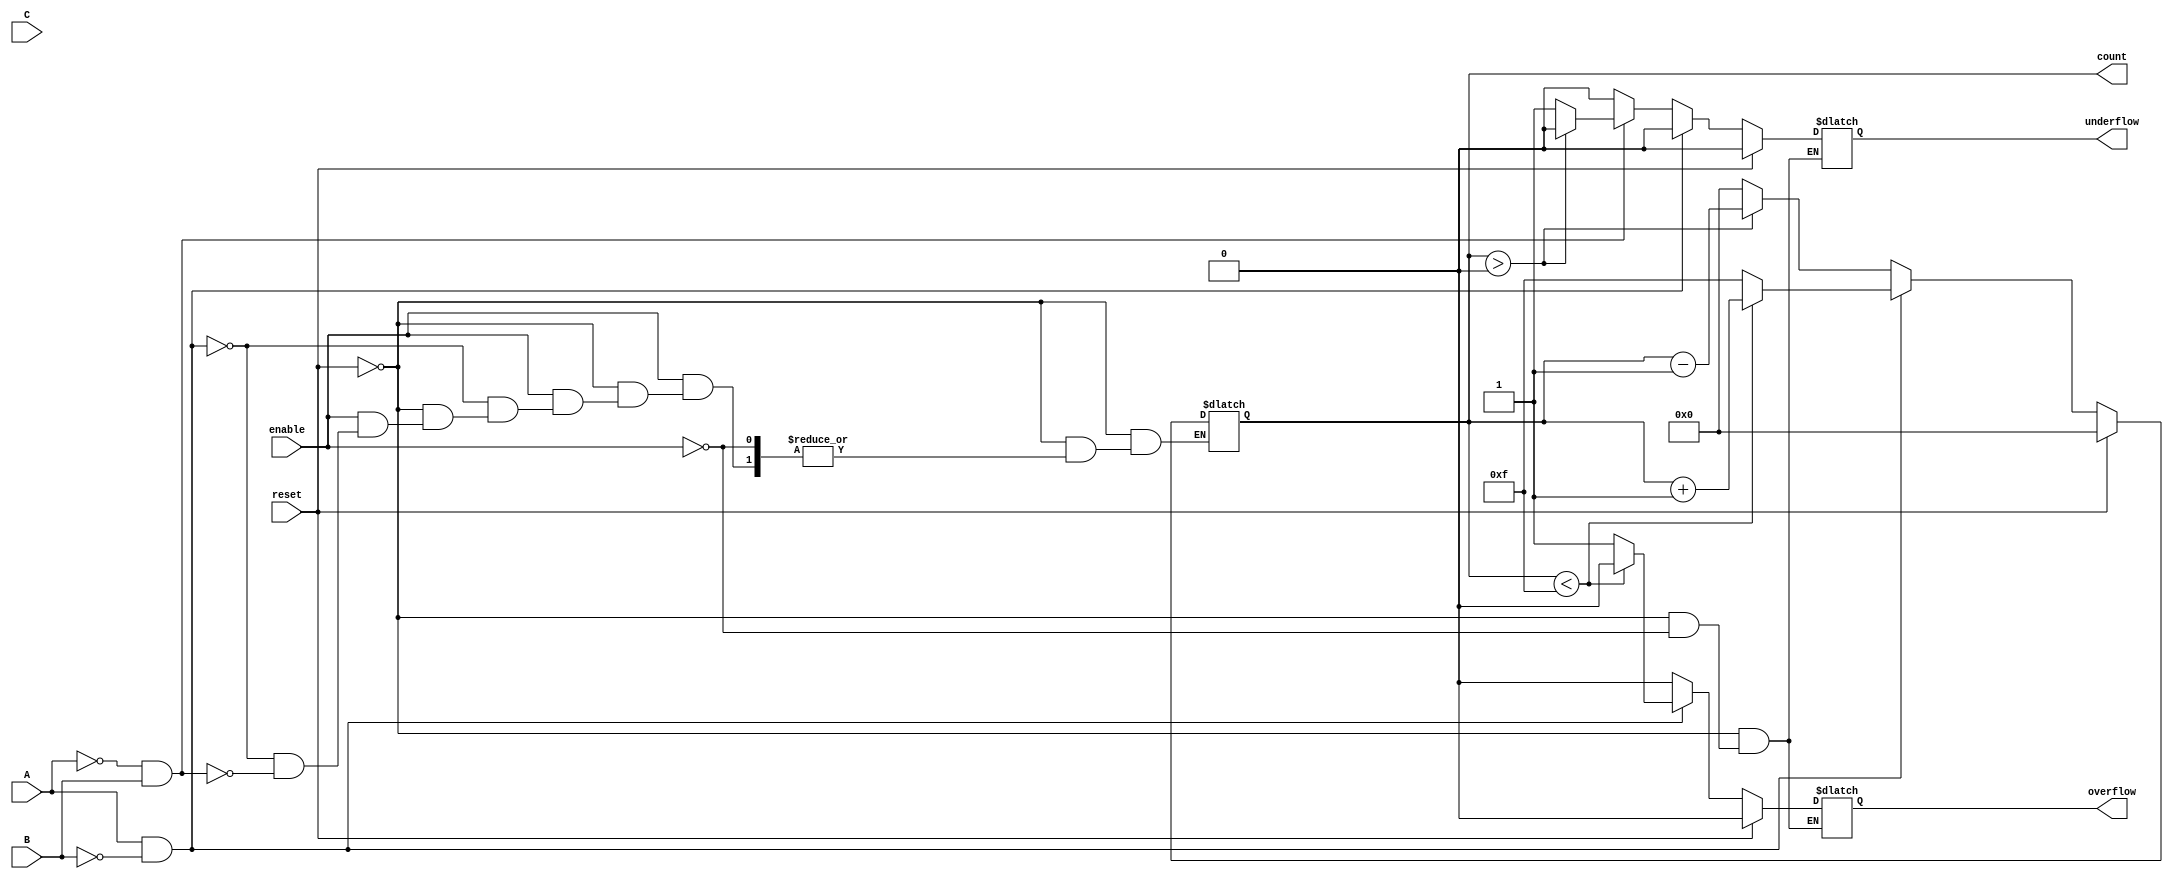
module dynamic_asynchronous_counter (
    input wire A,          // Count Up
    input wire B,          // Count Down
    input wire C,          // Some other control signal
    input wire reset,      // Asynchronous Reset
    input wire enable,     // Enable/Diasble counting
    output reg [3:0] count, // 4-bit count value (adjust size as needed)
    output reg overflow,    // Overflow flag
    output reg underflow    // Underflow flag
);
    
    // Counter limits
    parameter MAX_COUNT = 4'b1111;    // Maximum count value (15)
    parameter MIN_COUNT = 4'b0000;    // Minimum count value (0)

    // Asynchronous reset and counting operation
    always @* begin
        if (reset) begin
            count = MIN_COUNT;  // Reset counter to 0
            overflow = 0;
            underflow = 0;
        end else if(enable) begin
            // Reset overflow and underflow flags
            overflow = 0;
            underflow = 0;

            // Counting operation
            if (A && !B) begin
                // Count up
                if (count < MAX_COUNT) begin
                    count = count + 1;
                end else begin
                    count = MAX_COUNT; // Maintain at max count
                    overflow = 1;      // Set overflow flag
                end
            end else if (!A && B) begin
                // Count down
                if (count > MIN_COUNT) begin
                    count = count - 1;
                end else begin
                    count = MIN_COUNT; // Maintain at min count
                    underflow = 1;     // Set underflow flag
                end
            end else begin
                // No counting operation (neither A nor B is active)
                count = count; // Hold current count
            end
        end
    end
endmodule